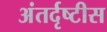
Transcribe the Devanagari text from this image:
अंतर्दृष्टीस